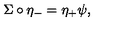
\Sigma \circ \eta _ { - } = \eta _ { + } \psi ,